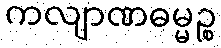
ကလျာဏဓမ္မဉ္စ